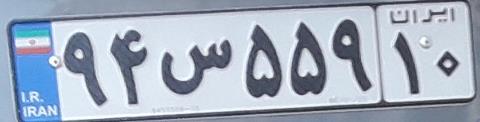
۹۴س۵۵۹۱۰